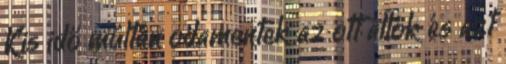
Kis idő múltán odamentek az ott állók és azt